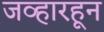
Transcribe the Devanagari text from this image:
जव्हारहून